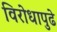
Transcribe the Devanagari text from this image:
विरोधापुढे